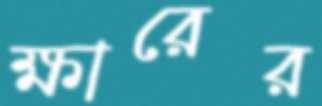
ক্ষারের